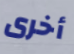
أخرى